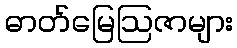
ဓာတ်မြေဩဇာများ